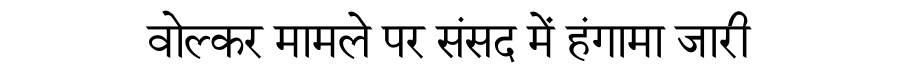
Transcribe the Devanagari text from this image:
वोल्कर मामले पर संसद में हंगामा जारी